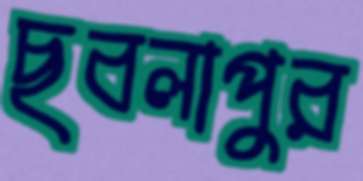
ছবলাপুর